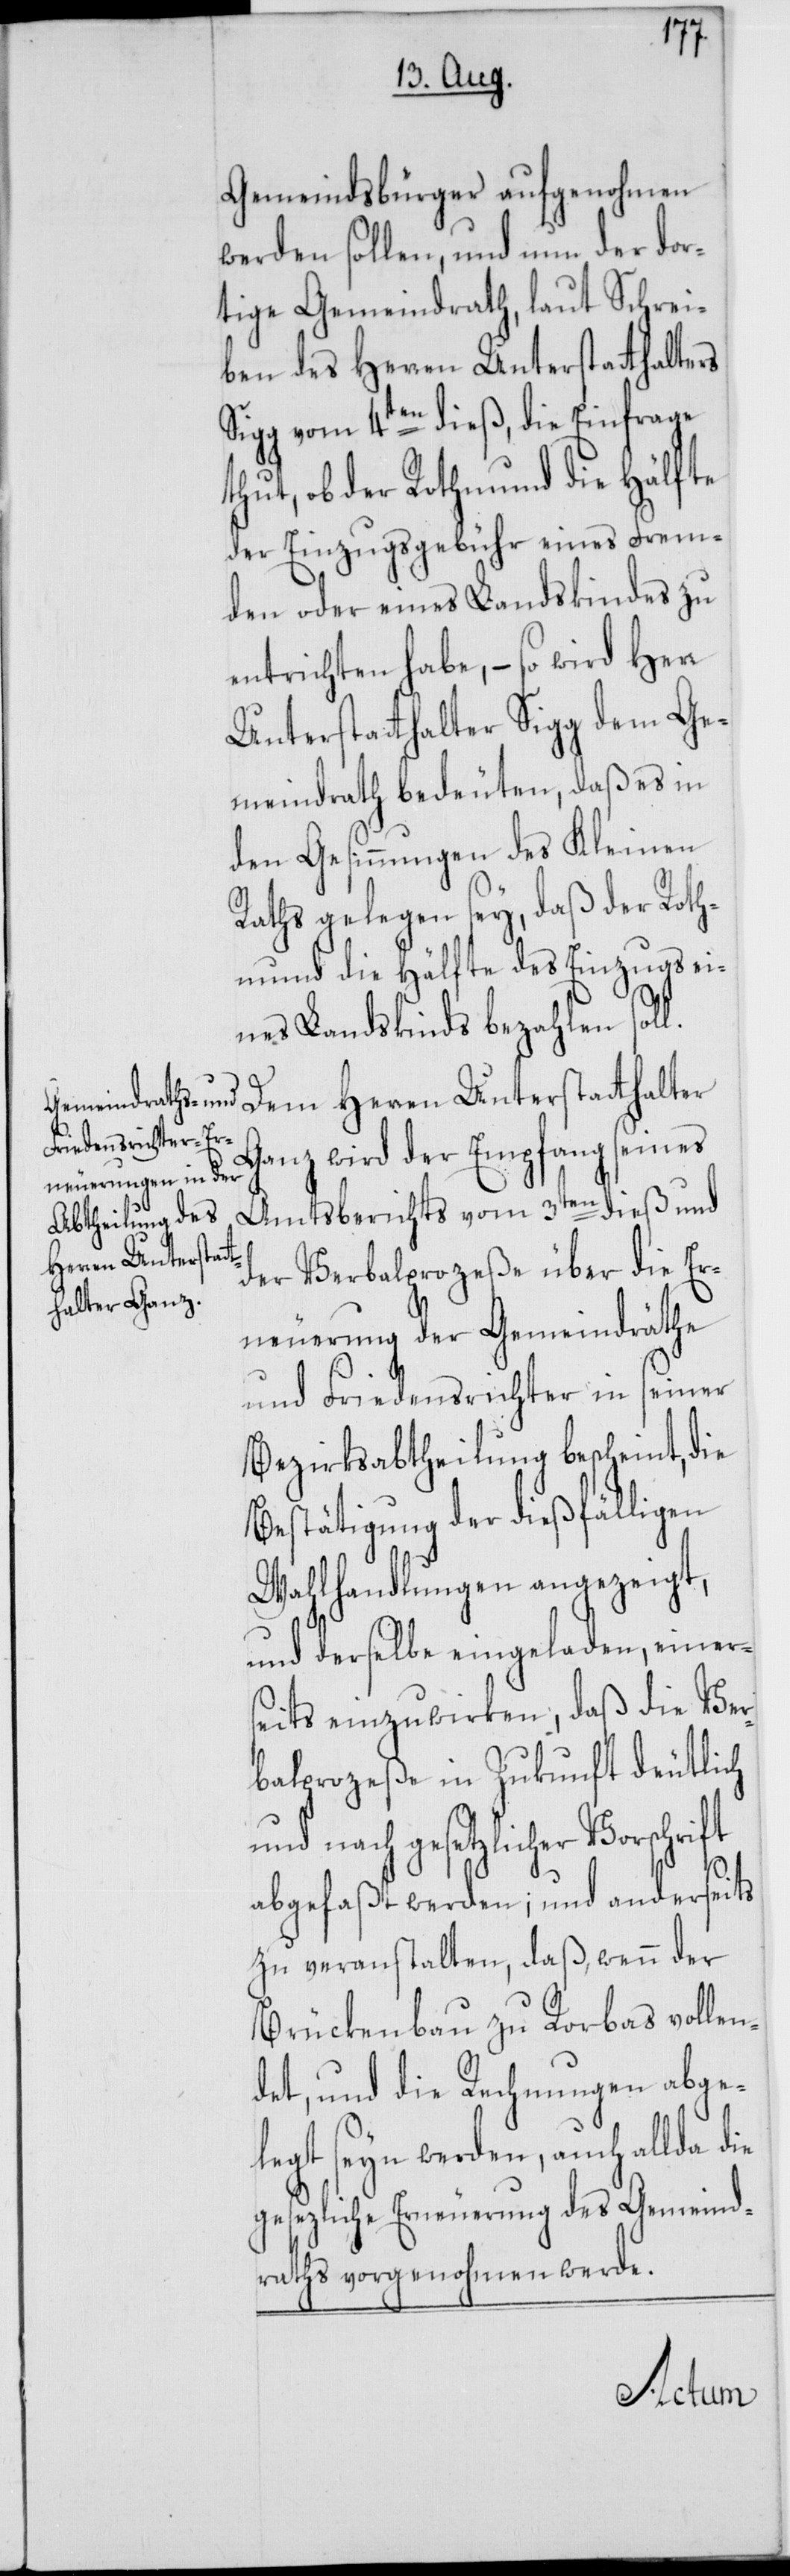
Gemeindsbürger aufgenohmen
werden sollen, und nun der dor¬
tige Gemeindrath, laut Schrei¬
ben des Herren Unterstatthalters
Sigg vom 4ten dieß, die Einfrage
thut, ob der Rothmund die Hälfte
der Einzugsgebühr eines Frem¬
den oder eines Landskindes zu
entrichten habe, – so wird Herr
Unterstatthalter Sigg dem Ge¬
meindrath bedeuten, daß es in
den Gesinnungen des Kleinen
Raths gelegen sey, daß der Roth¬
mund die Hälfte des Einzugs ei¬
nes Landskinds bezahlen soll.
Dem Herren Unterstatthalter
Ganz wird der Empfang seines
Amtsberichts vom 3ten dieß und
der Verbalprozeße über die Er¬
neuerung der Gemeindräthe
und Friedensrichter in seiner
Bezirksabtheilung bescheint, die
Bestätigung der dießfälligen
Wahlhandlungen angezeigt,
und derselbe eingeladen, einer¬
seits einzuwirken, daß die Ver¬
balprozeße in Zukunft deutlich
und nach gesetzlicher
abgefaßt werden; und anderseits
zu veranstalten, daß, wenn der
Brückenbau zu Rorbas vollen¬
det, und die Rechnungen abge¬
legt seyn werden, auch allda die
gesezliche Erneuerung des Gemeind¬
raths vorgenohmen werde.